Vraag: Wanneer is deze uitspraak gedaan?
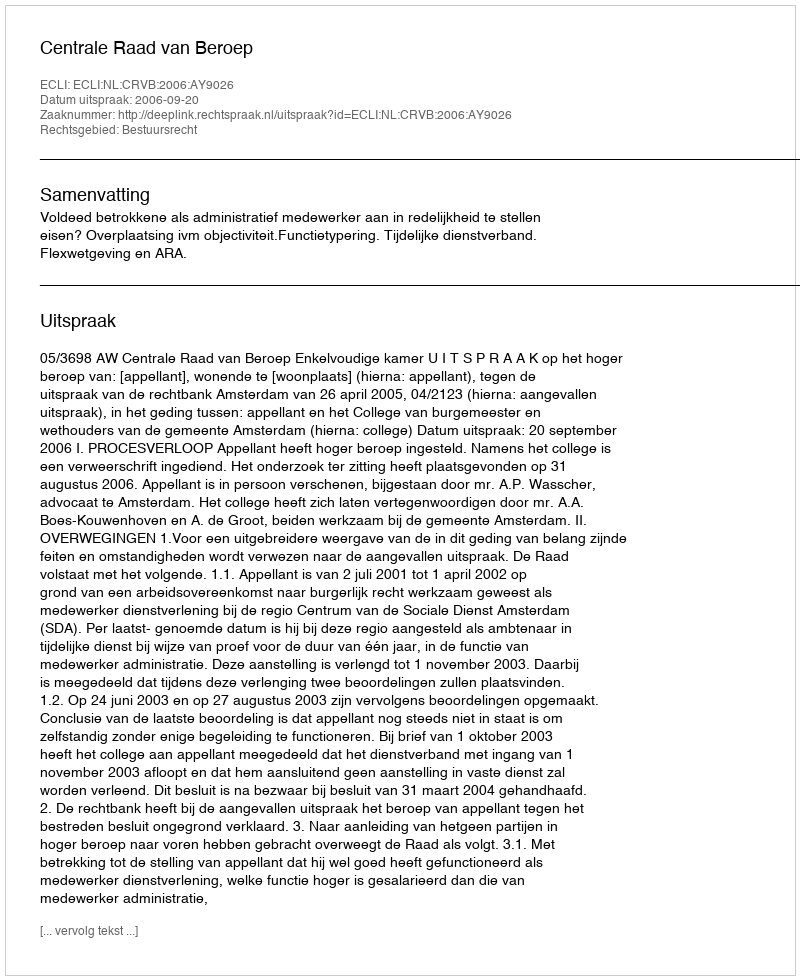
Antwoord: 2006-09-20